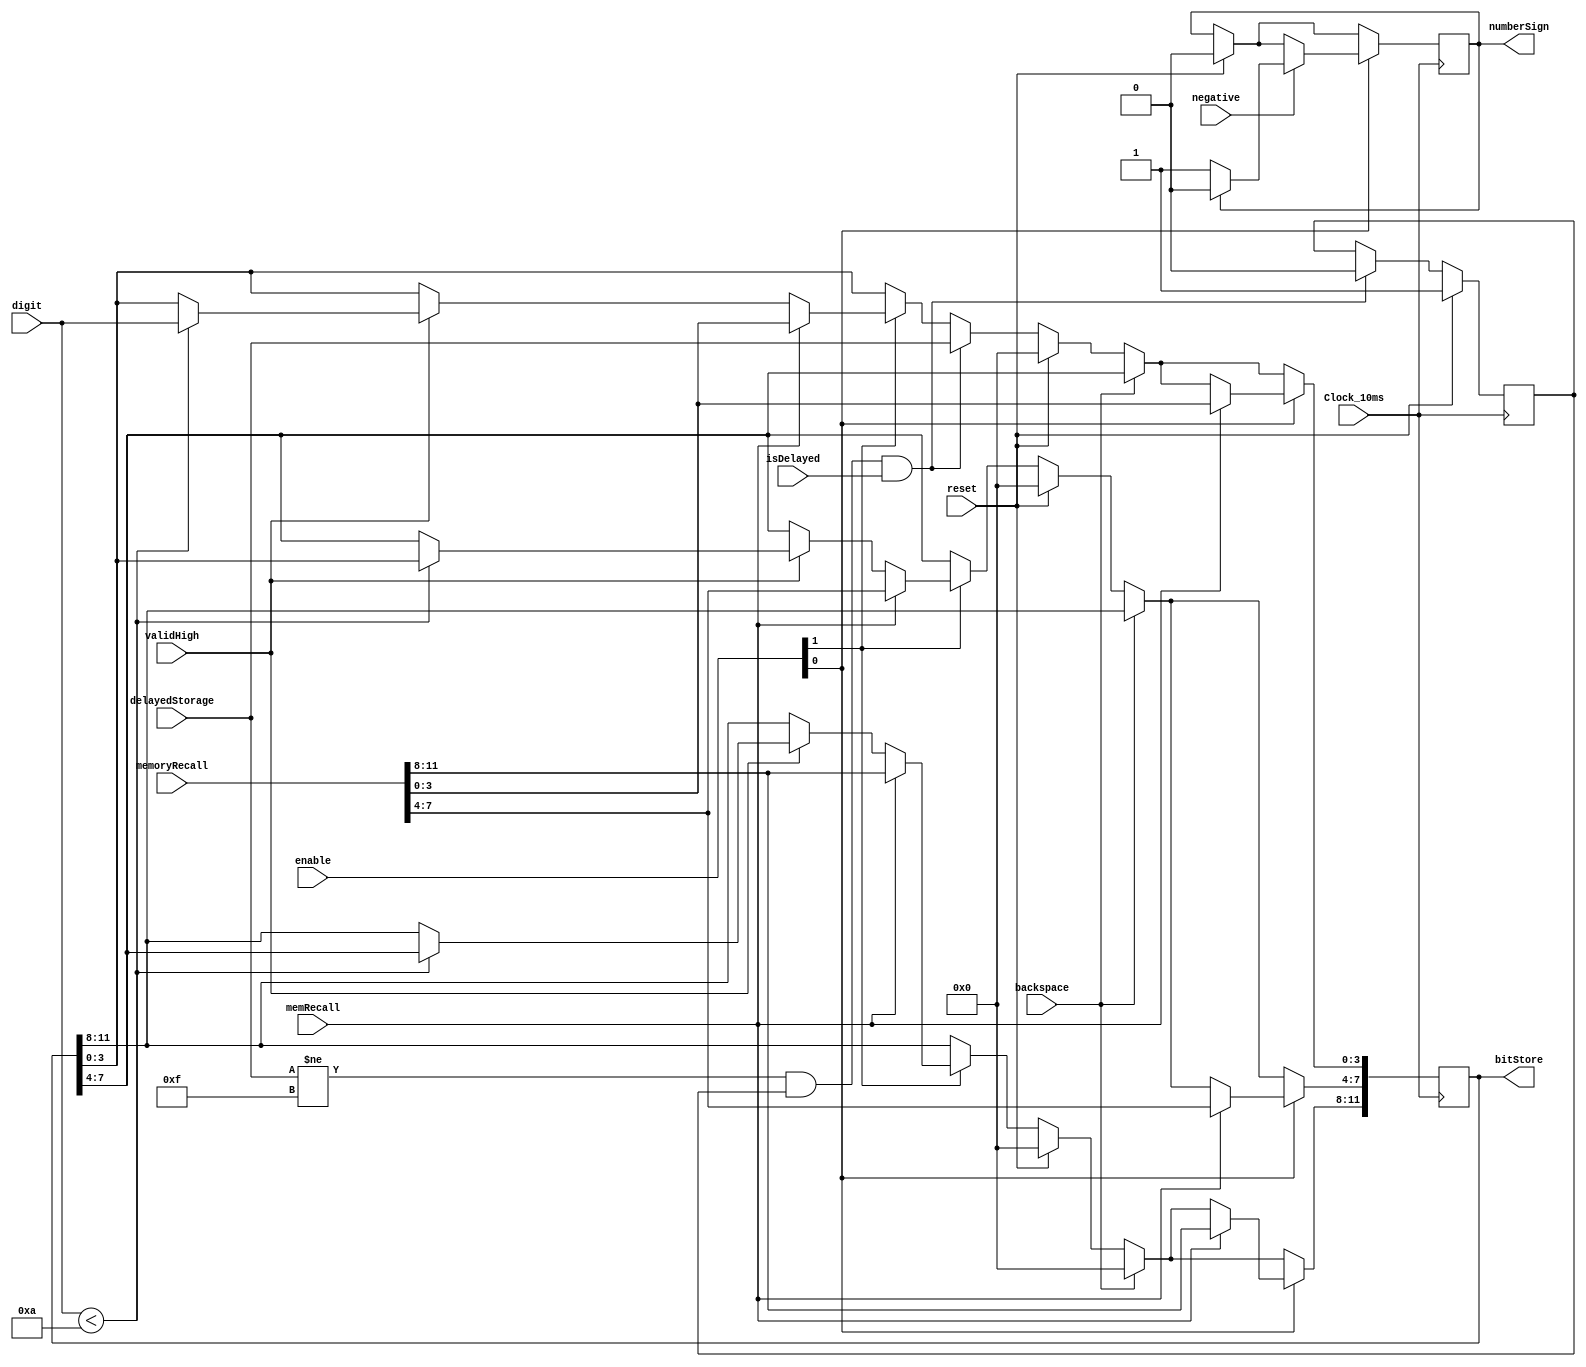
module register(
	input[1:0] enable,
	input[3:0] digit,
	input Clock_10ms,
	input validHigh,
	input reset,
	input backspace,
	input negative,
	input[3:0] delayedStorage, 
	input isDelayed,
	input memRecall,
	input[11:0] memoryRecall,
	
	output reg[11:0] bitStore,
	output reg numberSign
);

initial bitStore = 12'b0;
reg run;
initial run = 1;

initial numberSign = 0;

always @ (posedge Clock_10ms) begin
	//Only store values in the register when it is correctly enabled. The enabled is controlled by the FSM.
	if (enable[1]) begin
		//Only store on the positive edge of the valid signal that comes from the debounce function. 
		if (validHigh) begin
			//Only store if the digit is a number and not an operand.
			if (digit < 10) begin
				//Shift the bits of the register to make room for the new numbers that are being input.
				bitStore[11:8] <= bitStore[7:4];
				bitStore[7:4] <= bitStore[3:0];
				bitStore[3:0] <=  digit;
			end
		end	
		
		//If the memory recall button is pressed, overwrite the current memory with what is stored in the other memory.
		if(memRecall) begin
			bitStore <= memoryRecall;
		end
		
	end
		if (delayedStorage != 4'b1111 && run && isDelayed) begin
			bitStore[3:0] <= delayedStorage;
			run <= 0;
		end
	
		if (reset) begin
			bitStore[11:0] <= 12'b0;
			run <= 1;
			numberSign <= 0;
		end
	
		if (backspace) begin
			bitStore[3:0] <= bitStore[7:4];
			bitStore[7:4] <= bitStore[11:8];
			bitStore[11:8] <= 4'b0;
		end
		

	//This will store the sign of the number in a different section of the memory that can still be accessed later. 
	if(enable[0]) begin
		if(memRecall) begin
			bitStore <= memoryRecall;
		end
		if (negative) begin
			if (numberSign) begin
				numberSign <= 0;
			end else begin
				numberSign <= 1;
			end
		end
	end
	


end

endmodule